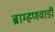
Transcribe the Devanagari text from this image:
ब्राम्हणवाडी